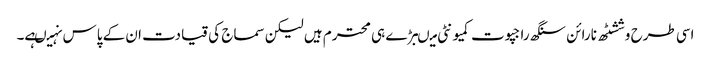
اسی طرح وششٹھ نارائن سنگھ راجپوت کمیونٹی میںبڑے ہی محترم ہیں لیکن سماج کی قیادت ا ن کے پاس نہیںہے۔